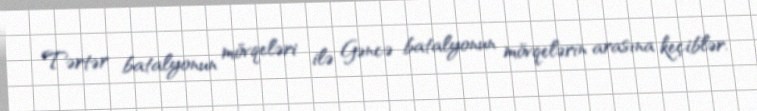
Tərtər batalyonun mövqeləri ilə Gəncə batalyonun mövqelərin arasına keçiblər.